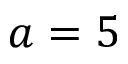
a = 5